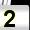
Digit: 2